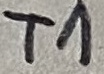
Text: T1